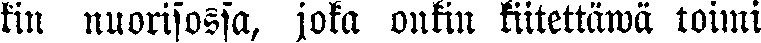
kin nuorisossa, joka onkin kiitettäwä toimi